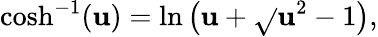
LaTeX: \cosh^{-1}(\mathbf{u})=\ln\left(\mathbf{u}+\sqrt{}{{\mathbf{u}^{2}-1}}\right),